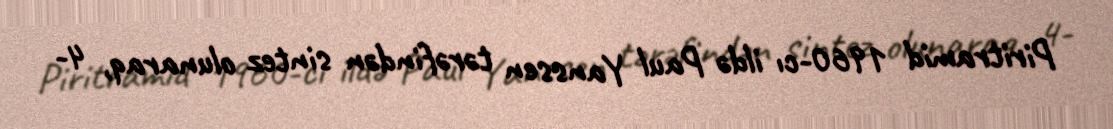
Piritramid 1960-cı ildə Paul Yanssen tərəfindən sintez olunaraq, 4-